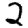
Digit: 2